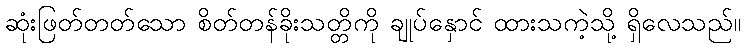
ဆုံးဖြတ်တတ်သော စိတ်တန်ခိုးသတ္တိကို ချုပ်နှောင် ထားသကဲ့သို့ ရှိလေသည်။